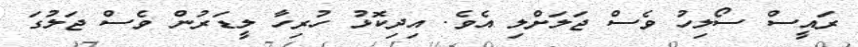
ރައީސް ސޯލިހު ވެސް ޖަލަށްލި އެވެ. އިދިކޮޅު ހުރިހާ ލީޑަރުން ވެސް ޖަލުގަ